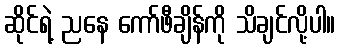
ဆိုင်ရဲ့ ညနေ ကော်ဖီချိန်ကို သိချင်လို့ပါ။